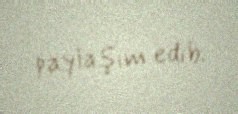
paylaşım edib.